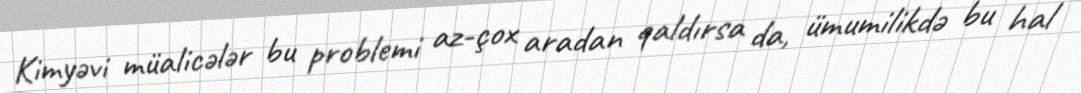
Kimyəvi müalicələr bu problemi az-çox aradan qaldırsa da, ümumilikdə bu hal